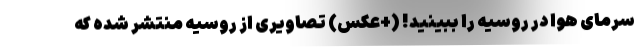
سرمای هوا در روسیه را ببینید! (+عکس) تصاویری از روسیه منتشر شده که